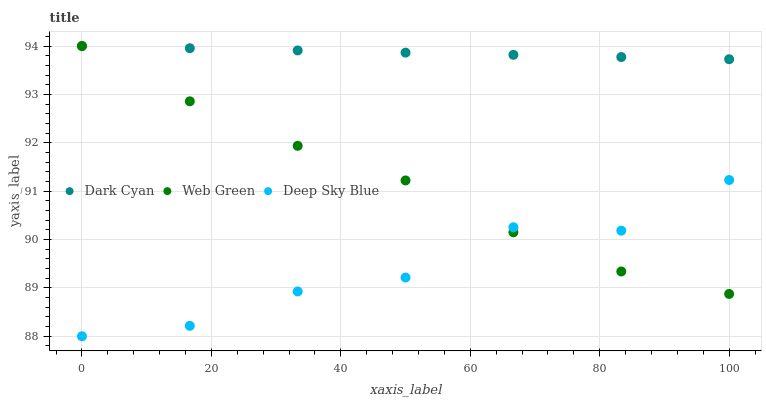
| xaxis_label | Dark Cyan | Web Green | Deep Sky Blue |
 | --- | --- | --- | --- |
 | 0 | 94 | 94 | 88 |
 | 16.7 | 94 | 92.9 | 88.2 |
 | 33.3 | 93.9 | 91.9 | 88.9 |
 | 50 | 93.9 | 91.2 | 89.2 |
 | 66.7 | 93.8 | 90.1 | 90.3 |
 | 83.3 | 93.8 | 89.3 | 90.2 |
 | 100 | 93.7 | 88.9 | 91.2 |